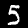
Digit: 5